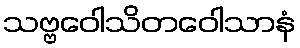
သဗ္ဗဝေါသိတဝေါသာနံ